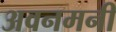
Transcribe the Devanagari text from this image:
अवनमनी